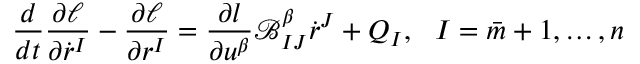
\frac { d } { d t } \frac { \partial \ell } { \partial \dot { r } ^ { I } } - \frac { \partial \ell } { \partial r ^ { I } } = \frac { \partial l } { \partial u ^ { \beta } } \mathcal { B } _ { I J } ^ { \beta } \dot { r } ^ { J } + Q _ { I } , \ \ I = \bar { m } + 1 , \ldots , n